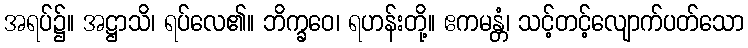
အရပ်၌။ အဋ္ဌာသိ၊ ရပ်လေ၏။ ဘိက္ခဝေ၊ ရဟန်းတို့။ ဧကမန္တံ၊ သင့်တင့်လျောက်ပတ်သော